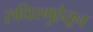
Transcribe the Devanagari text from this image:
रुधिरगुहेतून